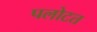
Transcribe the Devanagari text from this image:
पलोटत